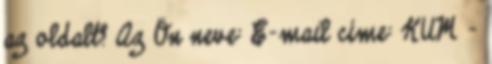
az oldalt? Az Ön neve: E-mail címe: KUM –